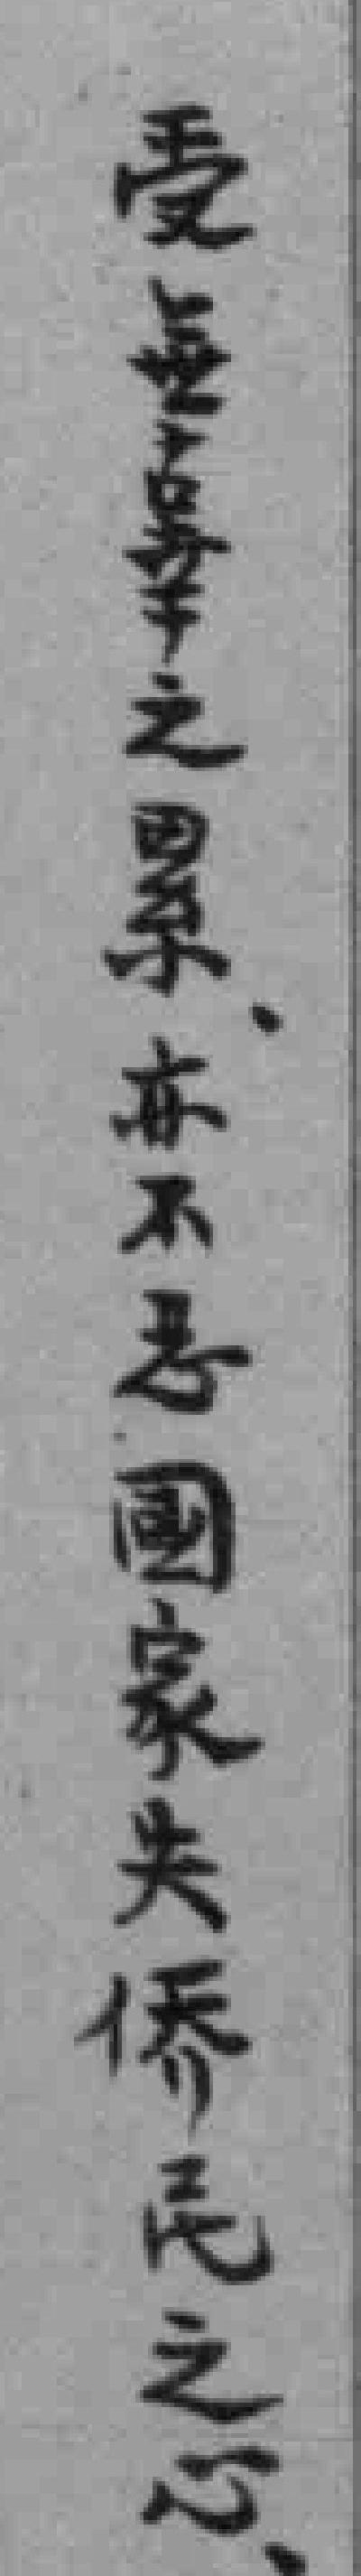
受無辜之累亦不忍國家失侨民之心